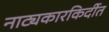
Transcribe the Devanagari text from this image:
नाट्यकारकिर्दीत